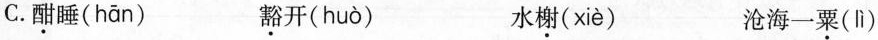
C. 酣睡( hān ) 豁开( huò ) 水榭( xiè ) 沧海一粟( lì )